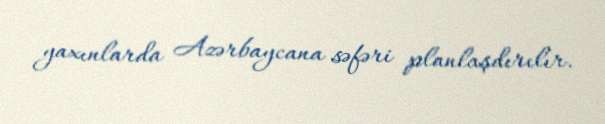
yaxınlarda Azərbaycana səfəri planlaşdırılır.